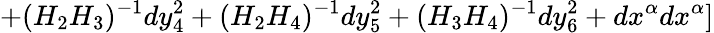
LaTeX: +(H_{2}H_{3})^{-1}dy_{4}^{2}+(H_{2}H_{4})^{-1}dy_{5}^{2}+(H_{3}H_{4})^{-1}dy_{6}^{2}+dx^{\alpha}dx^{\alpha}]